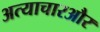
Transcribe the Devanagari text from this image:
अत्याचारऔर